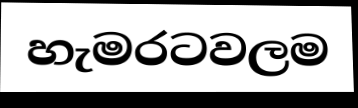
හැමරටවලම